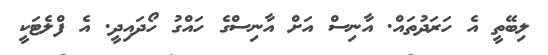
ލިބޭތީ އެ ހަރަަދުތައް. އާނިސް އަށް އާނިސްގެ ހައްގު ހޯދަައިދީ. އެ ފްލެޓަކީ